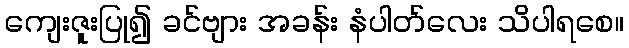
ကျေးဇူးပြု၍ ခင်ဗျား အခန်း နံပါတ်လေး သိပါရစေ။